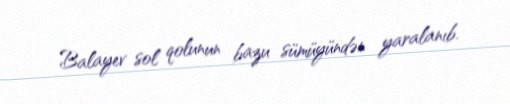
Balayev sol qolunun bazu sümüyündən yaralanıb.